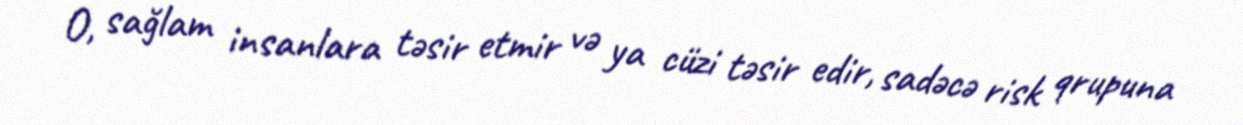
O, sağlam insanlara təsir etmir və ya cüzi təsir edir, sadəcə risk qrupuna